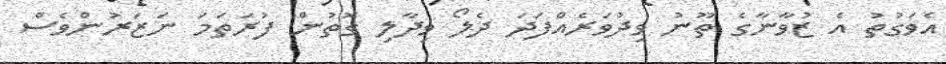
އެވަގުތު އެ ޒުވާނާގެ ތޫނު ވިދުވަރެއްފަދަ ދެލޯ ވިދާލި ގޮތުން ފުރަތަމަ ނަޒަރުންވެސް